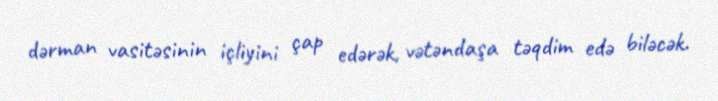
dərman vasitəsinin içliyini çap edərək, vətəndaşa təqdim edə biləcək.